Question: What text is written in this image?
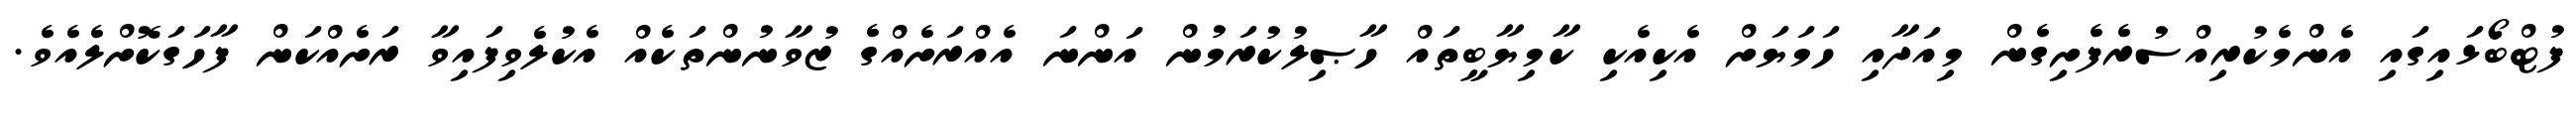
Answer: ފުޓްބޯޅައިގައި އެންމެކުރިއްސުރެފެށިގެން މިއަދާއި ހަމަޔަށް އެކިއެކި ކާމިޔާބީތައް ހާޞިލުކުރަމުން އަންނަ އެއްރަށެއްގެ ޒުވާނުންތަކެއް އެކުލެވިފައިވާ ރަށެއްކަން ފާހަގަކޮށްލެއެވެ.